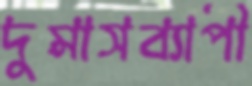
দুমাসব্যাপী